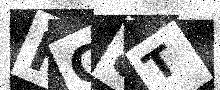
Text: HC8T